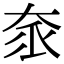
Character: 𡘎